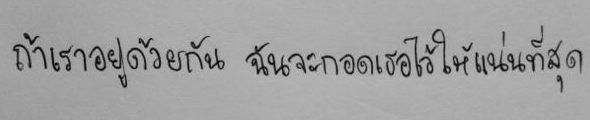
ถ้าเราอยู่ด้วยกัน ฉันจะกอดเธอไว้ให้แน่ที่สุด